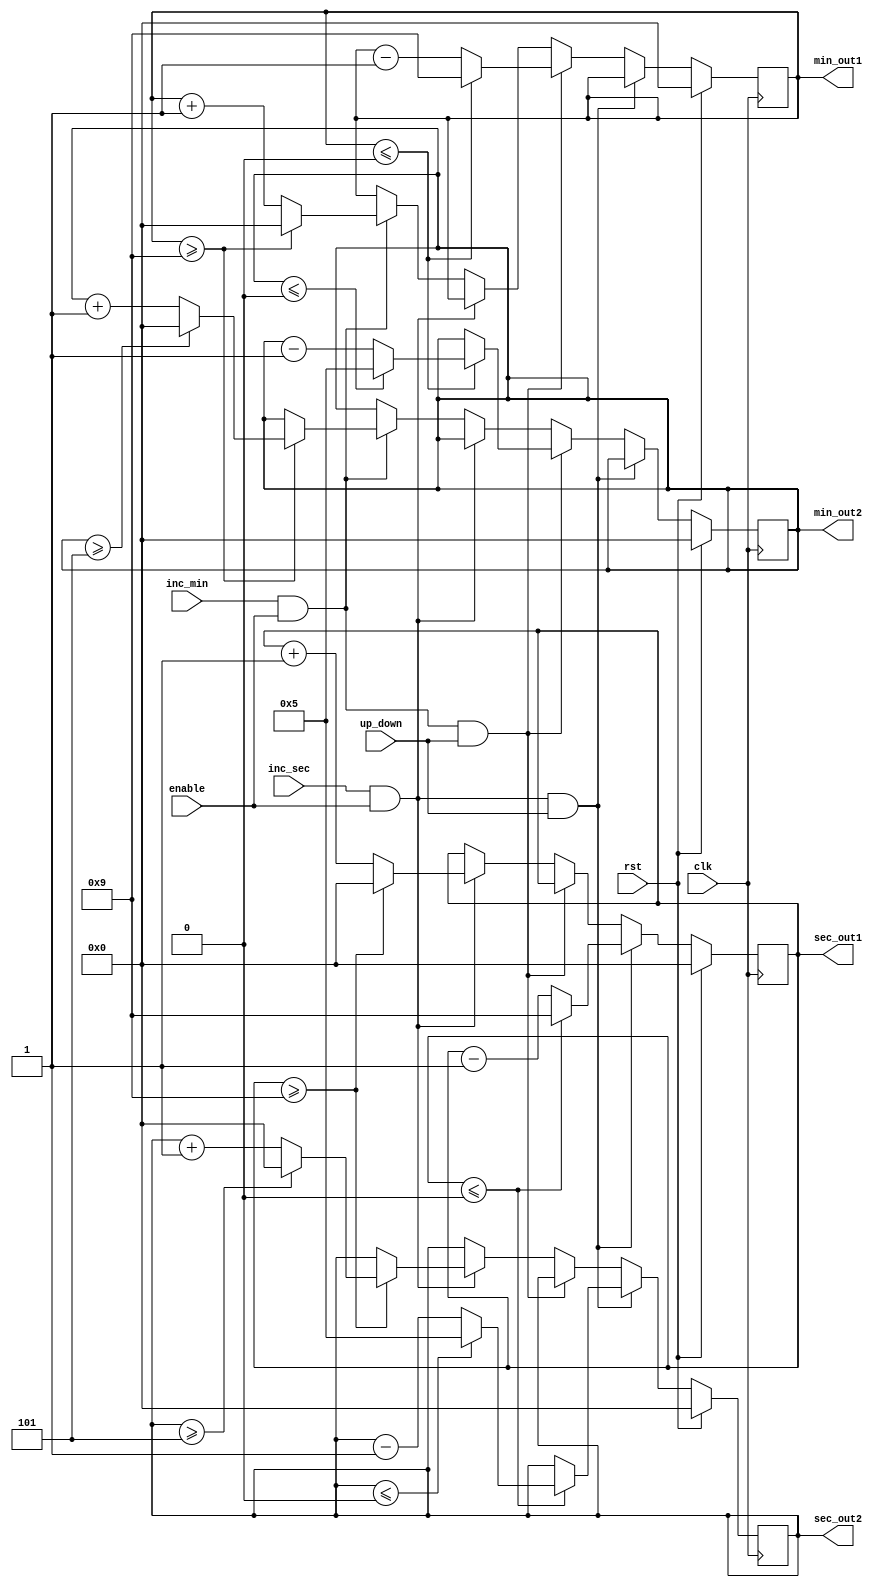
`timescale 1ns / 1ps

module cook_time(
    input clk,//5 MHz clk
    input enable,//enable
    input rst,//reset
    input inc_sec,//debounced button pulse
    input inc_min,//debounced button pulse
    input up_down,//Innovation #1, increment or decrement numbers
    output reg [3:0] sec_out1,//Binary number outputs
    output reg [3:0] min_out1,
    output reg [3:0] sec_out2,
    output reg [3:0] min_out2
    );
    
    always @ (posedge clk)begin
        if (rst) begin//syncrhonous reset
            sec_out1 <= 0;
            sec_out2 <= 0;
            min_out1 <= 0;
            min_out2 <= 0;
       
        end else if (inc_sec && enable && up_down) begin //decrease seconds
           sec_out1 <= sec_out1 - 1;
           if (sec_out1 <= 0) begin
               sec_out1 <= 9;
               sec_out2 <= sec_out2 - 1;
               if(sec_out2 <= 0) begin
                   sec_out2 <= 5;
               end
           end 
                   
       end else if (inc_min && enable && up_down) begin //decrease minutes
           min_out1 <= min_out1 - 1;
           if (min_out1 <= 0) begin
               min_out1 <= 9;
               min_out2 <= min_out2 - 1;
               if(min_out2 <= 0) begin
                   min_out2 <= 5;
               end
           end            
        
        end else if (inc_sec && enable) begin //increase seconds
            sec_out1 <= sec_out1 + 1;
            if (sec_out1 >= 9) begin
                sec_out1 <= 0;
                sec_out2 <= sec_out2 + 1;
                if(sec_out2 >= 5) begin
                    sec_out2 <= 0;
                end
            end 
            
        end else if (inc_min && enable) begin //increase minutes
            min_out1 <= min_out1 + 1;
            if (min_out1 >= 9) begin
                min_out1 <= 0;
                min_out2 <= min_out2 + 1;
                if(min_out2 >= 5) begin
                    min_out2 <= 0;
                end
            end 
            
        end else begin
           sec_out1 <= sec_out1;
           sec_out2 <= sec_out2;
           min_out1 <= min_out1;
           min_out2 <= min_out2;
        end
    end
    
endmodule